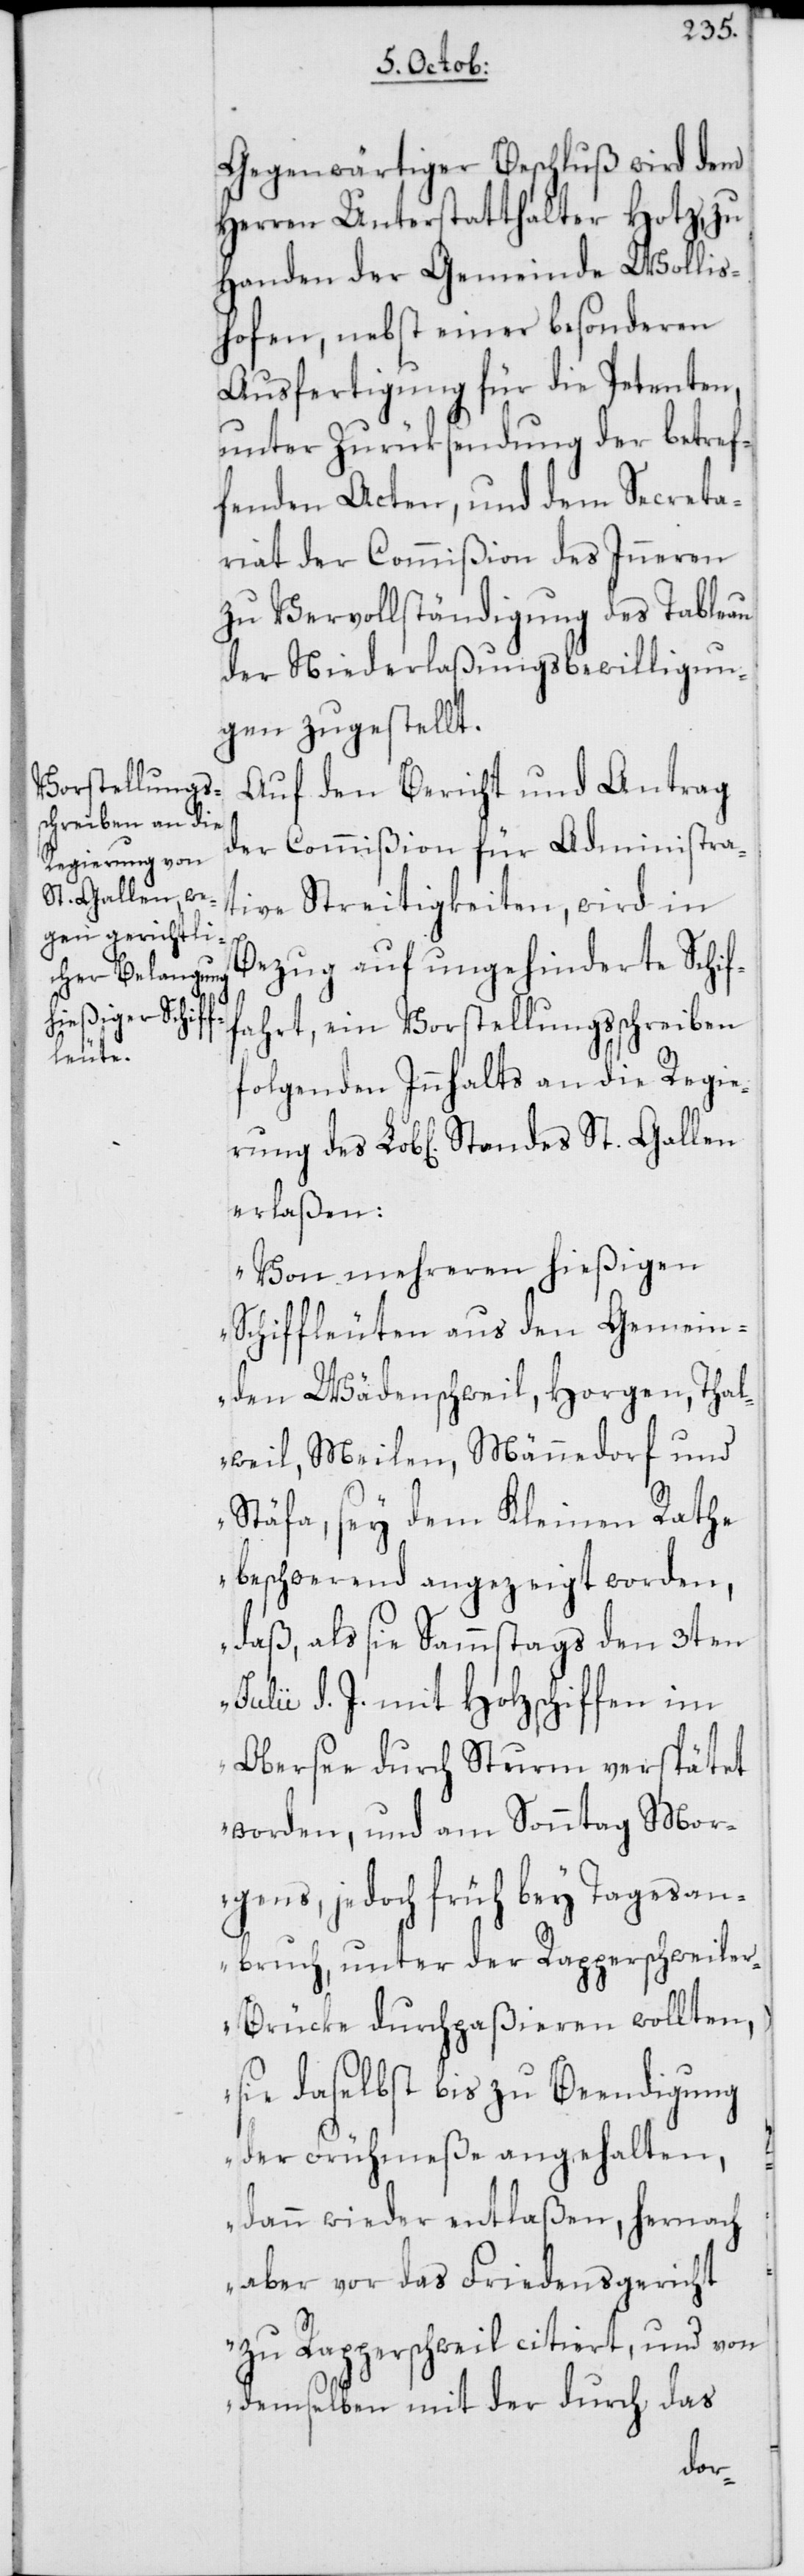
St. Gallen e¬

Gegenwärtiger Beschluß wird dem
Herren Unterstatthalter Hotz, zu
Handen der Gemeinde Wollis¬
hofen, nebst einer besonderen
Ausfertigung für die Petenten,
unter Zurüksendung der betref¬
fenden Acten, und dem Secreta¬
riat der Commißion des Inneren
zu Vervollständigung des Tableau
der Niederlaßungsbewilligun¬
gen zugestellt.
Auf den Bericht und Antrag
der Commißion für Administra¬
tive Streitigkeiten, wird in
Bezug auf ungehinderte Schif¬
fahrt, ein Vorstellungsschreiben
folgenden Innhalts an die Regie¬
rlaßen:
„Von mehreren hießigen
Schiffleuten aus den Gemein¬
den Wädenschweil, Horgen, Thal¬
weil, Meilen, Männedorf und
Stäfa, sey dem Kleinen Rathe
beschwerend angezeigt worden,
daß, als sie Sammstags den 3ten
d. J. mit Holzschiffen im
Obersee durch Sturm verspätet
worden, und am Sonntag Mor¬
gens, jedoch früh bey Tagesan¬
bruch, unter der Rapperschweile¬
r-Brücke durchpaßieren wollten,
sie daselbst bis zu Beendigung
der Frühmeße angehalten,
dann wieder entlaßen, hernach
aber vor das Friedensgericht
zu Rapperschweil citiert, und von
demselben mit der durch das
des